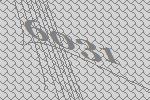
6031